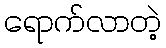
ရောက်လာတဲ့